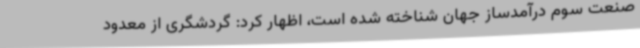
صنعت سوم درآمدساز جهان شناخته شده است، اظهار کرد: گردشگری از معدود